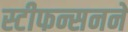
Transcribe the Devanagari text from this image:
स्टीफन्सनने